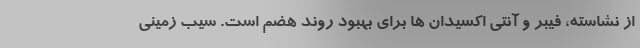
از نشاسته، فیبر و آنتی اکسیدان ها برای بهبود روند هضم است. سیب‌ زمینی